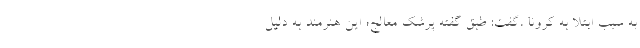
به سبب ابتلا به کرونا ،گفت: طبق گفته پرشک معالج؛ این هنرمند به دلیل